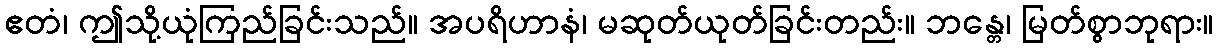
ဧတံ၊ ဤသို့ယုံကြည်ခြင်းသည်။ အပရိဟာနံ၊ မဆုတ်ယုတ်ခြင်းတည်း။ ဘန္တေ၊ မြတ်စွာဘုရား။